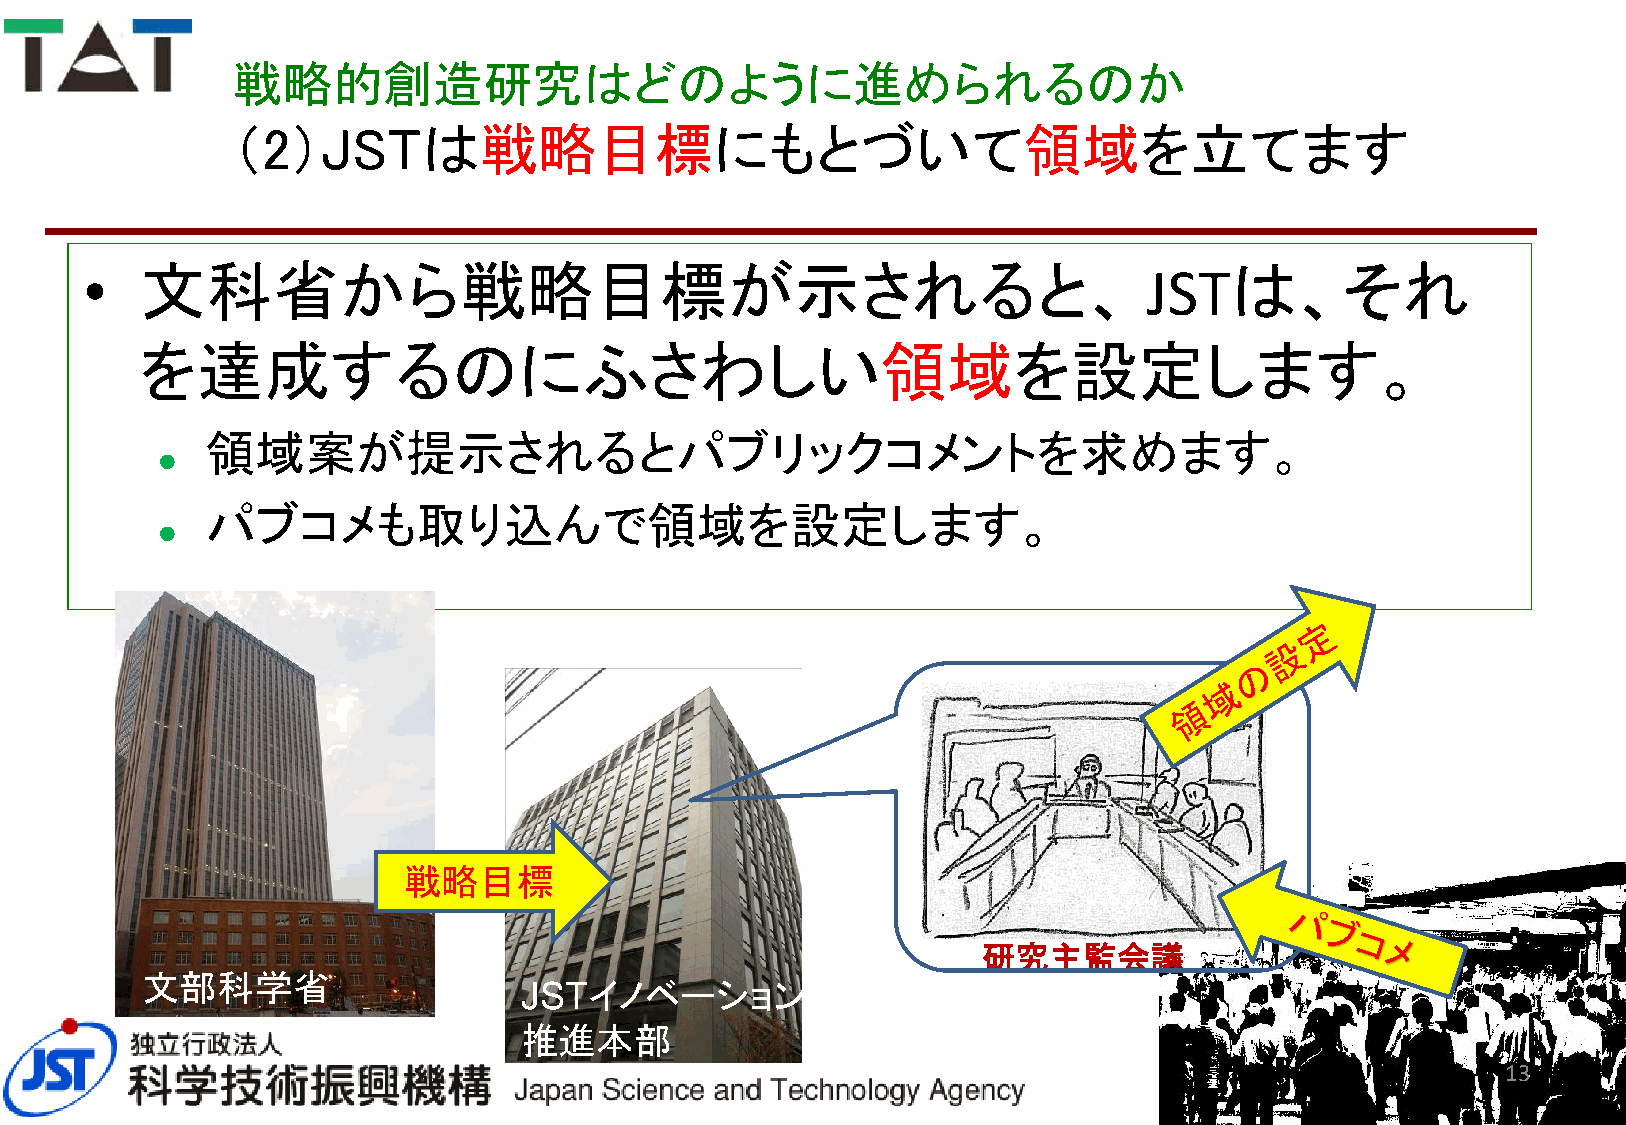
戦略的創造研究はどのように進められるのか
 （2）JSTは戦略目標にもとづいて領域を立てます
 •  文科省から戦略目標が示されると、                                                   JSTは、それ
 を達成するのにふさわしい領域を設定します。
 領域案が提示されるとパブリックコメントを求めます。
 
 パブコメも取り込んで領域を設定します。
 
 戦略目標
 研究主監会議
 文部科学省
 JSTイノベーション
 推進本部
 13